Lunatic asylums Burma 1922-24 - 1922-1924
Year: 1922
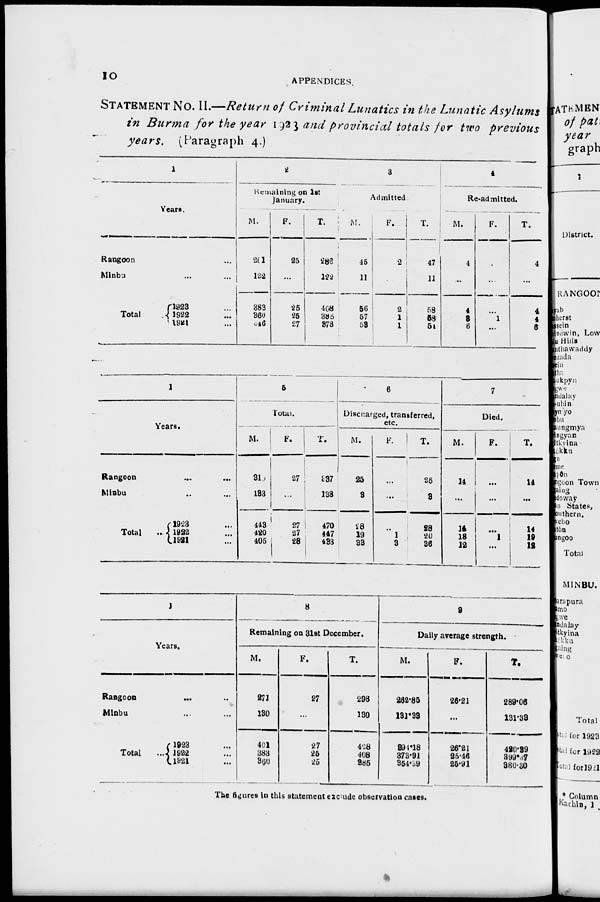
10
APPENDICES.
STATEMENT No. II.—Return of Criminal Lunatics in the Lunatic Asylums
in Burma for the year 1923 and provincial totals for two previous
years. (Paragraph 4.)
1
Years.
Rangoon ... ...
Minbu ... ...
Total
1923 ...
1922 ...
1921 ...
2
Remaining on 1st
January.
M.
261
122
383
360
346
F.
25
...
25
25
27
T.
286
122
408
385
373
3
Admitted.
M.
45
11
56
57
53
F.
2
...
2
1
1
T.
47
11
58
58
54
4
Re-admitted.
M.
4
...
4
3
6
F.
...
...
...
1
...
T.
4
...
4
4
6
1
Years.
Rangoon ... ...
Minbu ... ...
Total
...
1923 ...
1922 ...
1921 ...
5
Total.
M.
310
133
443
420
405
F.
27
...
27
27
28
T.
337
133
470
447
433
6
Discharged, transferred,
etc.
M.
25
3
28
19
33
F.
...
...
...
1
3
T.
25
3
28
20
36
7
Died.
M.
14
...
14
18
12
F.
...
...
...
1
...
T.
14
...
14
19
12
1
Years.
Rangoon ... ...
Minbu ... ...
Total
...
1923 ...
1922 ...
1921 ...
8
Remaining on 31st December.
M.
271
130
401
383
360
F.
27
...
27
25
25
T.
298
130
428
408
385
9
Daily average strength.
M.
262.85
131.33
394.18
373.91
354.39
F.
26.21
...
26.21
25.46
25.91
T.
289.06
131.33
420.39
399.37
380.30
The figures in this statement exclude observation cases.